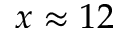
x \approx 1 2